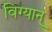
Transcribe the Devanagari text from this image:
विग्यान्